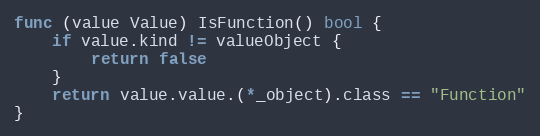
Language: Go
func (value Value) IsFunction() bool {
	if value.kind != valueObject {
		return false
	}
	return value.value.(*_object).class == "Function"
}